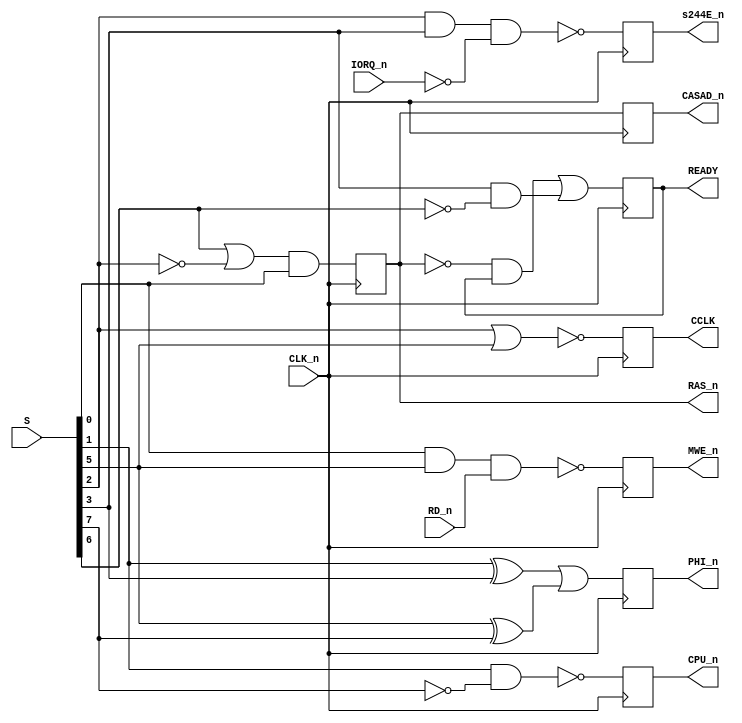
// ===============================================================================
//
//  Amstrad CPC Gate Array for Xilinx X95288XL
//
//  Copyright (C) 2021 Darren Johnstone <darren@darrenjohnstone.scot>
//
//  This program is free software; you can redistribute it and/or modify it
//  under the terms of the GNU General Public License as published by the Free
//  Software Foundation; either version 2 of the License, or (at your option)
//  any later version.
//
//  This program is distributed in the hope that it will be useful, but WITHOUT
//  ANY WARRANTY; without even the implied warranty of MERCHANTABILITY or
//  FITNESS FOR A PARTICULAR PURPOSE.  See the GNU General Public License for
//  more details.
//
//  You should have received a copy of the GNU General Public License along
//  with this program; if not, write to the Free Software Foundation, Inc.,
//  51 Franklin Street, Fifth Floor, Boston, MA 02110-1301 USA.
//
//  Acknowledgements:
//
//  Based on 40010-simplified_V03.pdf by Gerald 
//  (https://www.cpcwiki.eu/forum/amstrad-cpc-hardware/gate-array-decapped!) 
//  
//  Partially based on the Amstrad MiSTer core by Gyorgy Szombathelyi
//  https://github.com/MiSTer-devel/Amstrad_MiSTer/tree/master/rtl/GA40010
// ===============================================================================
module SequenceDecoder(input CLK_n,
                       input[7 : 0] S,
                       input RD_n,
                       input IORQ_n,
                       output reg PHI_n,
                       output reg RAS_n,
                       output reg READY,
                       output reg CASAD_n,
                       output reg CPU_n,
                       output reg CCLK,
                       output reg MWE_n,
                       output reg s244E_n);
  always
    @(posedge CLK_n)
      begin
        PHI_n <= (S[1] ^ S[3]) | (S[5] ^ S[7]);
        RAS_n <= (S[6] | ~S[2]) & S[0];
        CPU_n <= ~(S[1] & ~S[7]);
        CCLK <= ~(S[2] | S[5]);
        MWE_n <= ~(S[0] & S[5] & RD_n);
        s244E_n <= ~(S[2] & S[3] & ~IORQ_n);
      end
  always
    @(negedge CLK_n)
      begin
        CASAD_n <= RAS_n;
        READY <= (~RAS_n & READY) | (S[3] & ~S[6]);
      end
endmodule